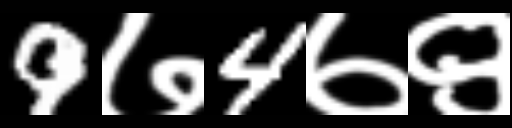
Text: 9७4७९